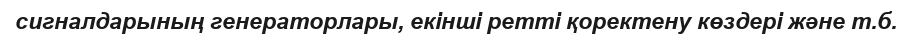
сигналдарының генераторлары, екінші ретті қоректену көздері және т.б.